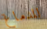
للدماغ